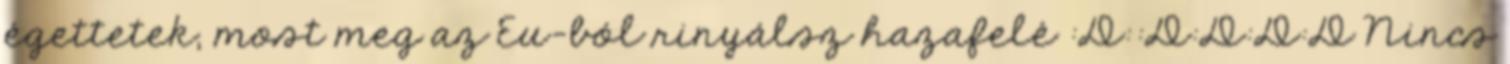
égettetek, most meg az Eu-ból rinyálsz hazafelé :D::D:D:D:D Nincs